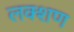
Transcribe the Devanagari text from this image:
लक्शण